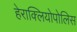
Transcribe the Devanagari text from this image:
हेराक्लियोपोलिस